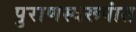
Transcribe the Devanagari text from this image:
पुराणस्वरूपांत